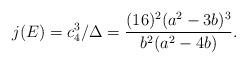
LaTeX: \begin{align*}j(E)=c_4^3/\Delta=\frac{(16)^2(a^2-3b)^3}{b^2(a^2-4b)}.\end{align*}